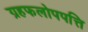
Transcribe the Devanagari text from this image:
ग्रहफलोपपत्ति